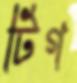
টিগ